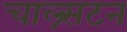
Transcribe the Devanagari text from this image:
चाल्र्सटन